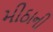
મીઠાની